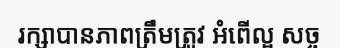
រក្សាបានភាពត្រឹមត្រូវ អំពើល្អ សច្ច